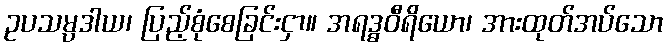
ဥပသမ္ပဒါယ၊ ပြည့်စုံစေခြင်းငှာ။ အရဒ္ဓဝီရိယော၊ အားထုတ်အပ်သော